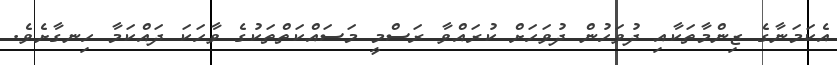
އެކަމަނާގެ ޒިންމާތަކާއި ދުވަހުން ދުވަހަށް ކުރައްވާ ރަސްމީ މަސައްކަތްތަކުގެ ވާހަކަ ދައްކަމާ ހިނގާށެވެ.